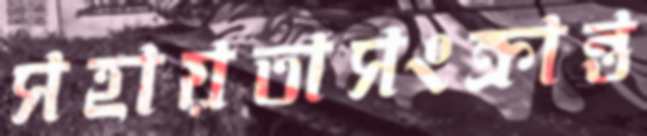
সহায়তাসংক্রান্ত